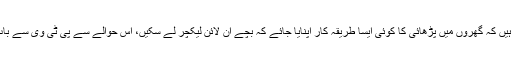
ہم کوشش کر رہے ہیں کہ گھروں میں پڑھائی کا کوئی ایسا طریقہ کار اپنایا جائے کہ بچے آن لائن لیکچر لے سکیں، اس حوالے سے پی ٹی وی سے بات چیت ہو رہی ہے۔